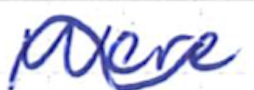
Text: were
Cross-out: wave
Writing tool: ballpoint